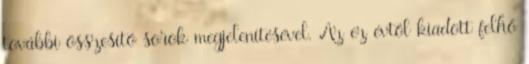
további összesítő sorok megjelenítésével. Az ez évtől kiadott felhő